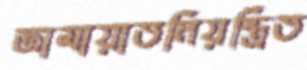
জামায়াতনিয়ন্ত্রিত